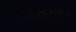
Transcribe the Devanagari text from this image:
विवकानंद